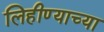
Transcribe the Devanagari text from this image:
लिहीण्याच्या